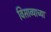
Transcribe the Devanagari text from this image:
विसाव्याच्या